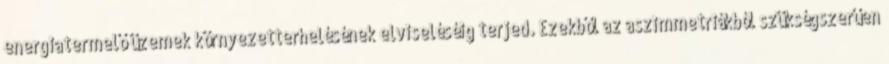
energiatermelő üzemek környezetterhelésének elviseléséig terjed. Ezekből az aszimmetriákból szükségszerűen